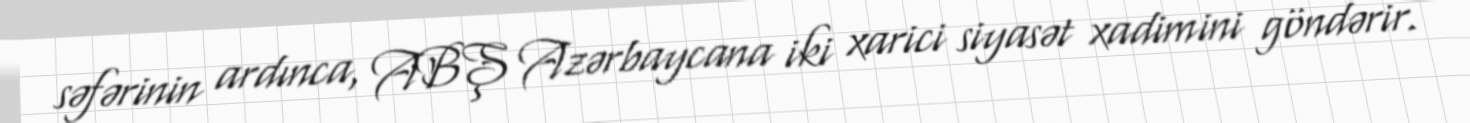
səfərinin ardınca, ABŞ Azərbaycana iki xarici siyasət xadimini göndərir.